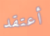
أعتقد